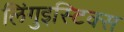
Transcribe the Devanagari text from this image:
लिंगुइस्टिक्स